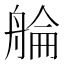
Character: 䑳